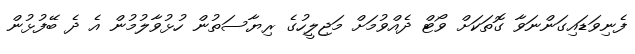
ފެނިވަޑައިގަންނަވާ ގޮތަކަށް ވޯޓް ދެއްވުމަށް މަޖިލީހުގެ ރިޔާސަތުން ހުޅުވާލުމުން އެ ދެ ބޭފުޅުން